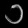
Digit: ၁